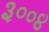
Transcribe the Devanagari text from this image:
३००४